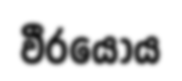
වීරයෝය